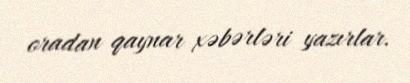
oradan qaynar xəbərləri yazırlar.